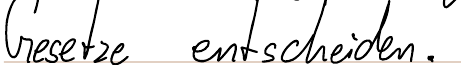
Gesetze entscheiden.